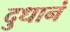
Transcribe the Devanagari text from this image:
दुधानं